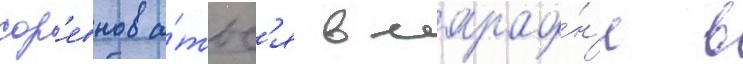
сор'евнова́тьс'я в марафо́н'е в